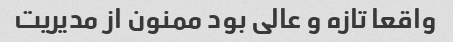
واقعا تازه و عالی بود ممنون از مدیریت